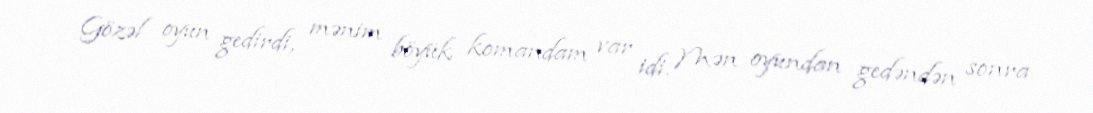
Gözəl oyun gedirdi, mənim böyük komandam var idi. Mən oyundan gedəndən sonra